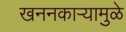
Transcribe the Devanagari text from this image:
खननकाऱ्यामुळे